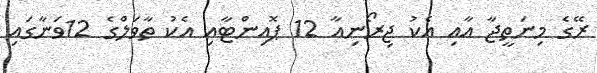
ރޭގެ މިނަތީޖާ އާއި އެކު ޖިރޯނިއާ 12 ޕޮއިންޓާއި އެކު ތާވަލްގެ 12ވަނާގައި